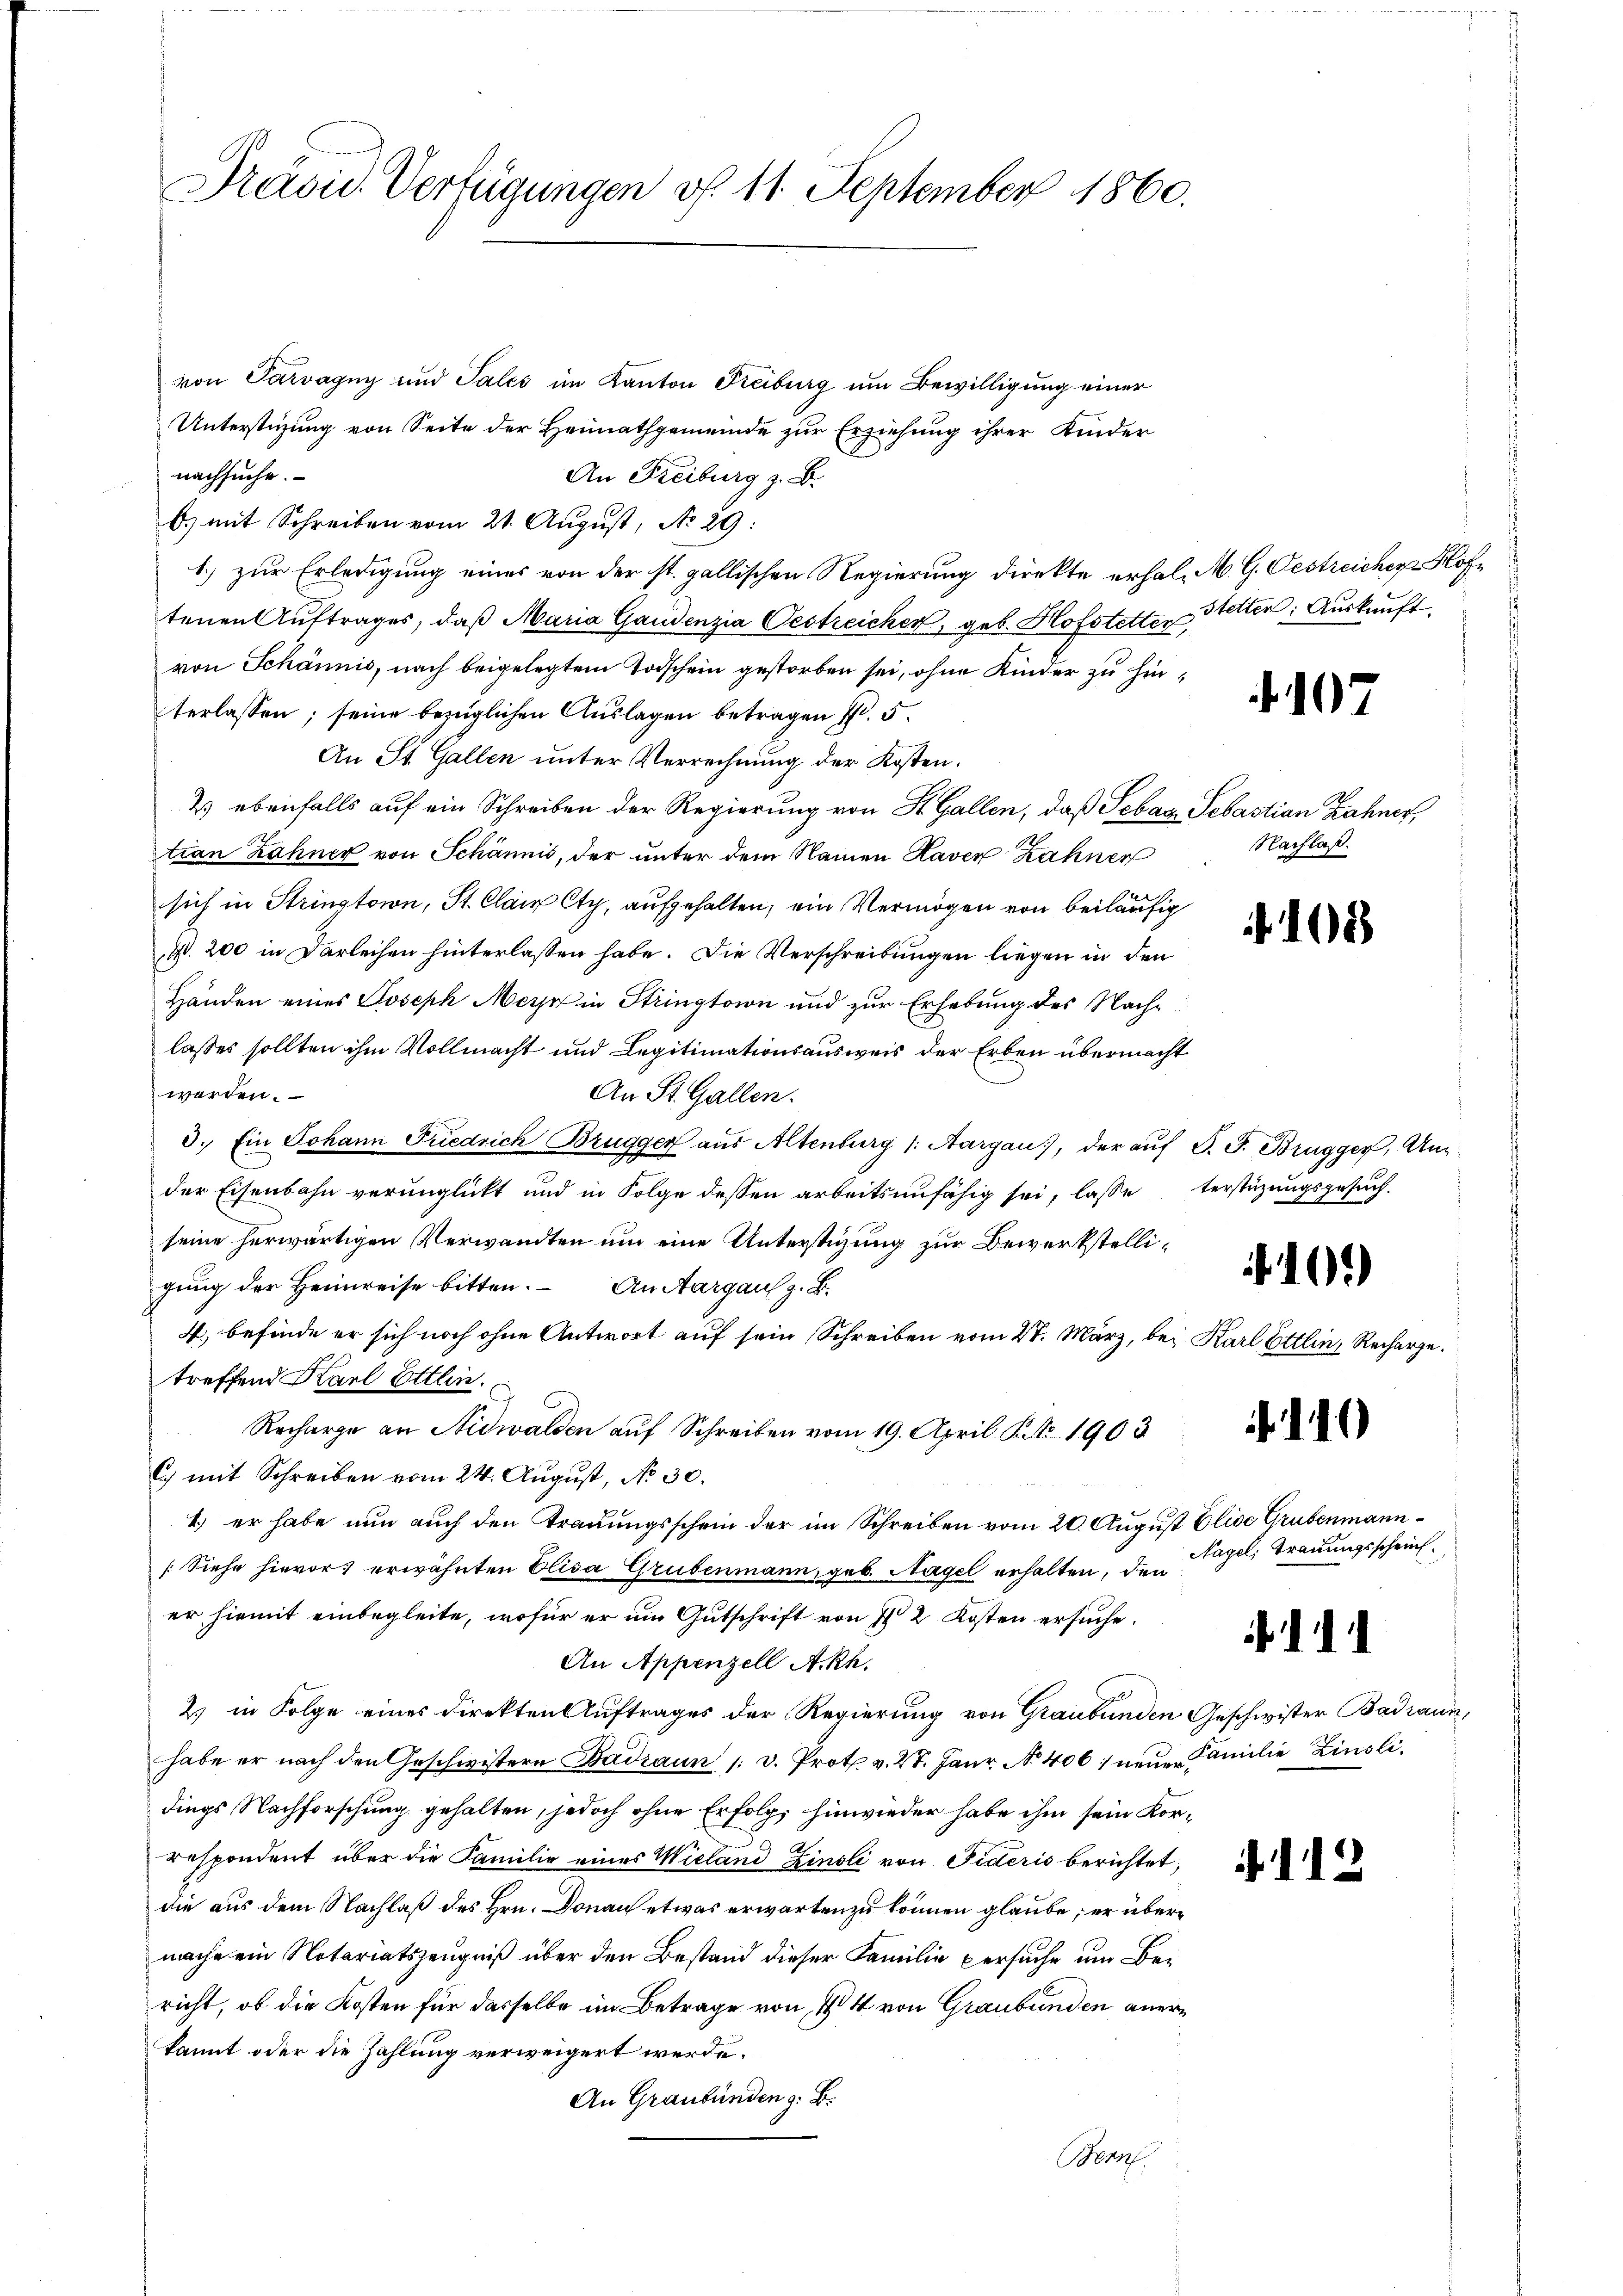
Präsid. Verfügungen v. 11. September 1860.

von Parvagny und Tales im Kanton Freiburg um Bewilligung einer
Unterstüzung von Seite der Heimathgemeinde zur Erziehung ihrer Kinder
nachsuche.
An Freiburg z. B.
b. mit Schreiben vom 21. August, No 29:
1.) zur Erledigung eines von der st. gallischen Regierung direkte erhal, M. G. Oestreicher Hoftenen Aŭftrages, daß Maria Gandenzia Oestreicher, geb. Hofstetter Stetten: Auskunft
von Schännis, nach beigelegtem Todschein gestorben sei, ohne Kinder zu hinterlassen; seine bezüglichen Auslagen betragen fl. 5.
An St. Gallen unter Verrechnung der Kosten.
2) ebenfalls auf ein Schreiben der Regierung von St. Gallen, daß Sebas Sebastian Zahner,
tian Zähner von Schännis, der unter dem Namen Kaver Zähner
sich in Strington, St. Clair Cty, aufgehalten, ein Vermögen von beiläufig
N. 200 in Darleihen hinterlassen habe. Die Verschreibungen liegen in den
Händen eines Joseph Merz in Strington und zur Erhebung des Nachlasses sollten ihm Vollmacht und Legitimationsausweis der Erben übermacht
werden.
An St. Gallen.
3. Ein Johann Friedrich Brugger aus Altenburg (: Aargau, der auf S. J. Brugger, Ander Eisenbahn verunglickt und in Folge dessen arbeitsunfähig sei, lasse verstüzungsgesuch.
seine herwärtigen Verwandten um eine Unterstigung zur Bewerkstelligung der Heimreise bitten. – An Aargau z. B.
4., befinde er sich noch ohne Antwort auf sein Schreiben vom 27. März, bei Karl Ettin, Rechargetreffend Karl Ettin.
Recharge an Nidwalden auf Schreiben vom 19. April Kt. 1903
C) mit Schreiben vom 24. August, No 30.
4.) er habe nun auch den Trauungsschein der im Schreiben vom 20. August Elise Grubenmann¬
[Siehe hievor erwähnten Elisa Grubenmann, geb. Nagel erhalten, den
er hiemit einbegleite, wofür er um Gutschrift von § 2 Kosten ersuche.
An Appenzell A.Rh.
2) in Folge eines Direkten Auftrages der Regierung von Graubünden Geschwister Badraum,
habe er nach den Geschwistern Badzaun /: d. Prot. v. 28. Janr. No 406, neuen Familie Zinsli
dings Nachforschung gehalten, jedoch ohne Erfolg, hinwieder habe ihm sein Kor¬
Bespondent über die Familie eines Wieland Zinsli von Fideris berichtet,
die aus dem Nachlaß des Hrn. Donau etwas erwarten zu können glaube, er übermache ein Notariatszeugniß über den Bestand dieser Familie versuche um Bericht, ob die Kosten für dasselbe im Betrage von 14 von Graubünden anerkannt oder die Zahlung verweigert werde.
An Graubünden z. B.
Bern

.107

Nachlaß.

108

10.)

.140

Nagel, Trauungsschrif

1

12